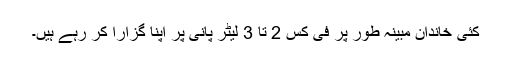
کئی خاندان مبینہ طور پر فی کس 2 تا 3 لیٹر پانی پر اپنا گزارا کر رہے ہیں۔